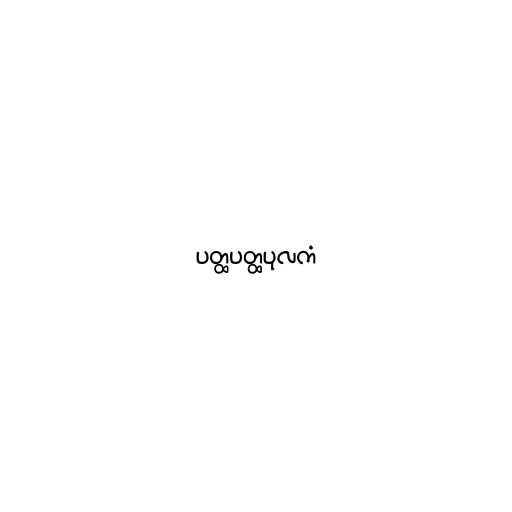
ပတ္ထပတ္ထပုလကံ